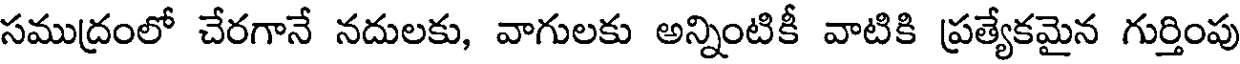
సముద్రంలో చేరగానే నదులకు, వాగులకు అన్నింటికీ వాటికి ప్రత్యేకమైన గుర్తింపు